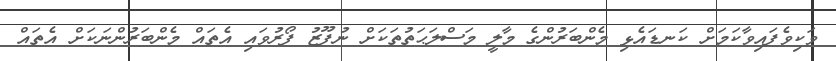
ވަކިވެފައިވާކަމަށް ކަނޑައެޅި މެންބަރުންގެ މާލީ މަސްލަޙަތުތަކަށް ނުފޫޒު ފޯރުވައި އެތައް މެންބަރުންނަކަށް އެތައް